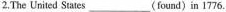
2.The United States ___ (found)ín 1776.